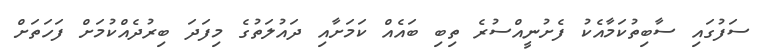
ސަފުގައި ސާބިތުކަމާއެކު ފެށުނީއްސުރެ ތިބި ބައެއް ކަމަށާއި ދައުލަތުގެ މިފަދަ ބިރުދެއްކުމަށް ފަހަތަށް